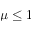
\mu \leq 1